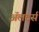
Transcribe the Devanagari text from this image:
अॅलर्ट्स